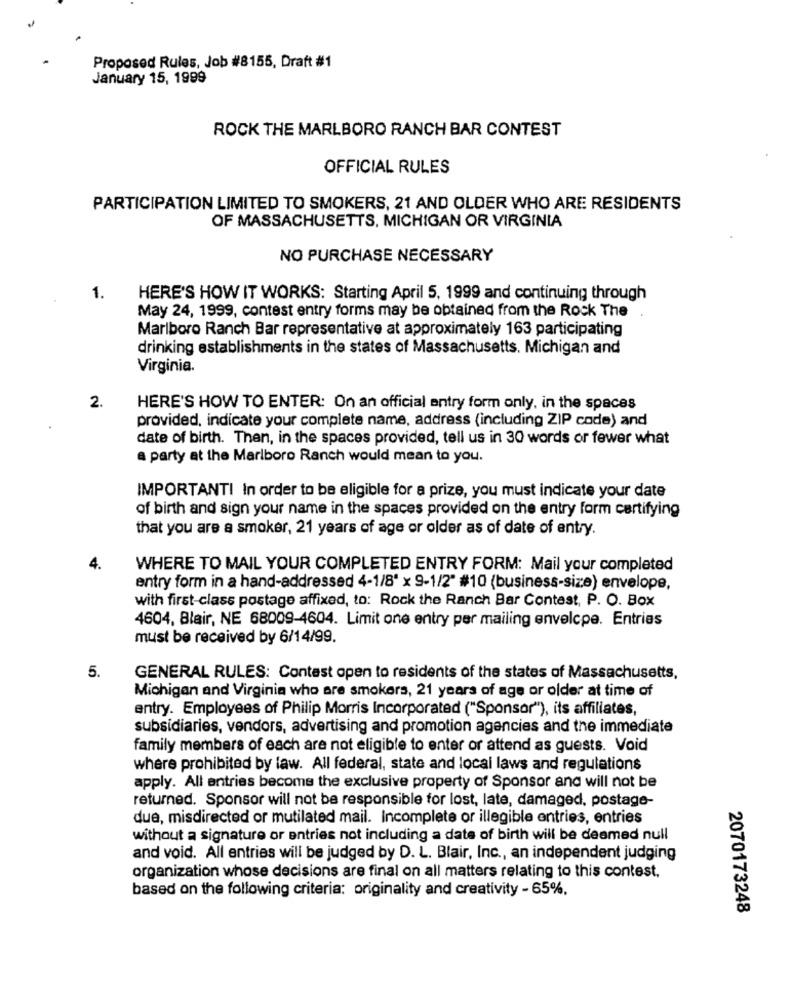
Proposed Rules, Job #8155, Draft #1
January 15, 1999
ROCK THE MARLBORO RANCH BAR CONTEST
OFFICIAL RULES
PARTICIPATION LIMITED TO SMOKERS, 21 AND OLDER WHO ARE RESIDENTS
OF MASSACHUSETTS, MICHIGAN OR VIRGINIA
NO PURCHASE NECESSARY
1.
HERE'S HOW IT WORKS: Starting April 5, 1999 and continuing through
May 24, 1999, contest entry forms may be obtained from the Rock The
Marlboro Ranch Bar representative at approximately 163 participating
drinking establishments in the states of Massachusetts. Michigan and
Virginia.
2.
HERE'S HOW TO ENTER: On an official antry form only, in the spaces
provided, indicate your complete name, address (including ZIP code) and
date of birth. Then, in the spaces provided, tell us in 30 words or fewer what
a party at the Marlboro Ranch would mean to you.
IMPORTANTI In order to be eligible for a prize, you must indicate your date
of birth and sign your name in the spaces provided on the entry form certifying
that you are a smoker, 21 years of age or older as of date of entry.
4.
WHERE TO MAIL YOUR COMPLETED ENTRY FORM: Mail your completed
entry form in a hand-addressed 4-1/8" x 9-1/2" #10 (business-size) envelope,
with first-class postage affixed, to: Rock the Ranch Bar Contest, P. O. Box
4604, Blair, NE 68009-4604. Limit one entry per mailing envelope. Entries
must be received by 6/14/99.
5.
GENERAL RULES: Contest open to residents of the states of Massachusetts,
Michigan and Virginia who are smokers, 21 years of age or older at time of
entry. Employees of Philip Morris Incorporated ("Sponsor"), its affiliates,
subsidiaries, vendors, advertising and promotion agencies and the immediate
family members of each are not eligible to enter or attend as guests. Void
where prohibited by law. All federal, state and local laws and regulations
apply. All entries become the exclusive property of Sponsor and will not be
returned. Sponsor will not be responsible for lost, late, damaged, postage-
due, misdirected or mutilated mail. Incomplete or illegible entries, entries
without a signature or entries not including a date of birth will be deemed null
and void. All entries will be judged by D. L. Blair, Inc ., an independent judging
organization whose decisions are final on all matters relating to this contest.
based on the following criteria: originality and creativity - 65%,
2070173248